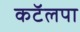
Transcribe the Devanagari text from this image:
कटॅलपा